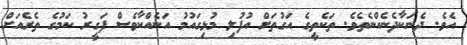
އެވެ. ދެނަކާދެނެއްނެތެވެ. ތަކެތީގެ އަގުތަށް އުފުލި މުޅިގައުމު އަނެއްކާވެސް ފަގީރު ކަމުގެ ތެރެއަށް